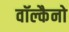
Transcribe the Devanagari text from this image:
वॉल्कैनो